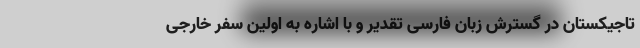
تاجیکستان در گسترش زبان فارسی تقدیر و با اشاره به اولین سفر خارجی